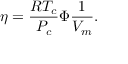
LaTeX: \eta = { \frac { R T _ { c } } { P _ { c } } } \Phi { \frac { 1 } { V _ { m } } } .